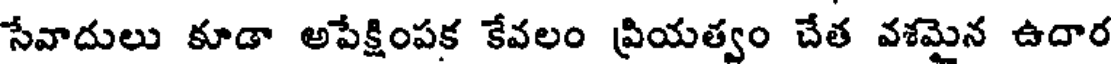
సేవాదులు కూడా అపేక్షింపక కేవలం ప్రియత్వం చేత వశమైన ఉదార